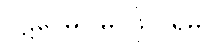
ပဋိဝေဓ (မဂ်ဖိုလ်ရမှု)